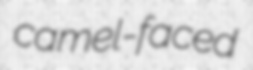
camel-faced